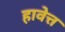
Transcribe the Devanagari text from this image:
हावेत्त